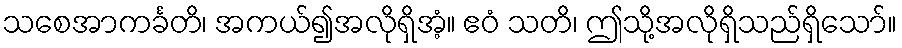
သစေအာကင်္ခတိ၊ အကယ်၍အလိုရှိအံ့။ ဧဝံ သတိ၊ ဤသို့အလိုရှိသည်ရှိသော်။